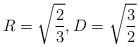
\begin{align*}R = \sqrt{\frac 23}, D = \sqrt{\frac 32} \end{align*}